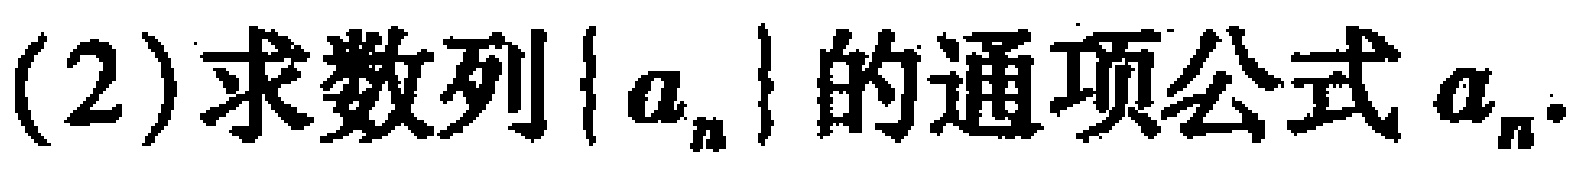
(2)求数列\(\{ a_{n}\}\)的通项公式\(a_{n}\).